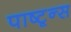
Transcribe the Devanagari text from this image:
पाष्टून्स